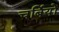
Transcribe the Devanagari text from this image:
चर्बियों